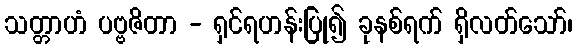
သတ္တာဟံ ပဗ္ဗဇိတာ - ရှင်ရဟန်းပြု၍ ခုနစ်ရက် ရှိလတ်သော်၊